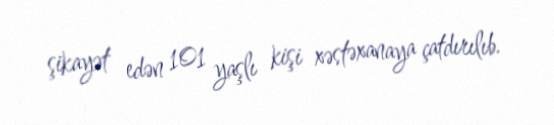
şikayət edən 101 yaşlı kişi xəstəxanaya çatdırılıb.